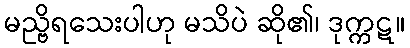
မည္ဗိရသေးပါဟု မသိပဲ ဆို၏၊ ဒုက္ကဋ။